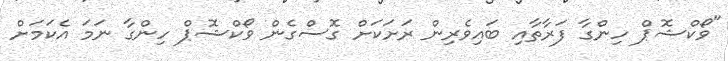
"ވޯކްޝޮޕް ހިންގާ ފަރާތާއި ބައިވެރިން ރަށަކަށް ގޮސްގެން ވޯކްޝޮޕް ހިންގާ ނަމަ އެކަމަށް